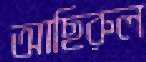
আছিরুল